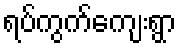
ရပ်ကွက်ကျေးရွာ